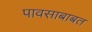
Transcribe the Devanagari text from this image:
पावसाबाबत